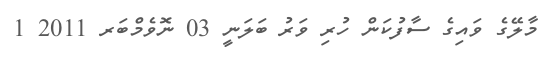
މާލޭގެ ވައިގެ ސާފުކަން ހުރި ވަރު ބަލަނީ 03 ނޮވެމްބަރ 2011 1